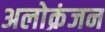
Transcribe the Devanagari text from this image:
अलोक्रंजन